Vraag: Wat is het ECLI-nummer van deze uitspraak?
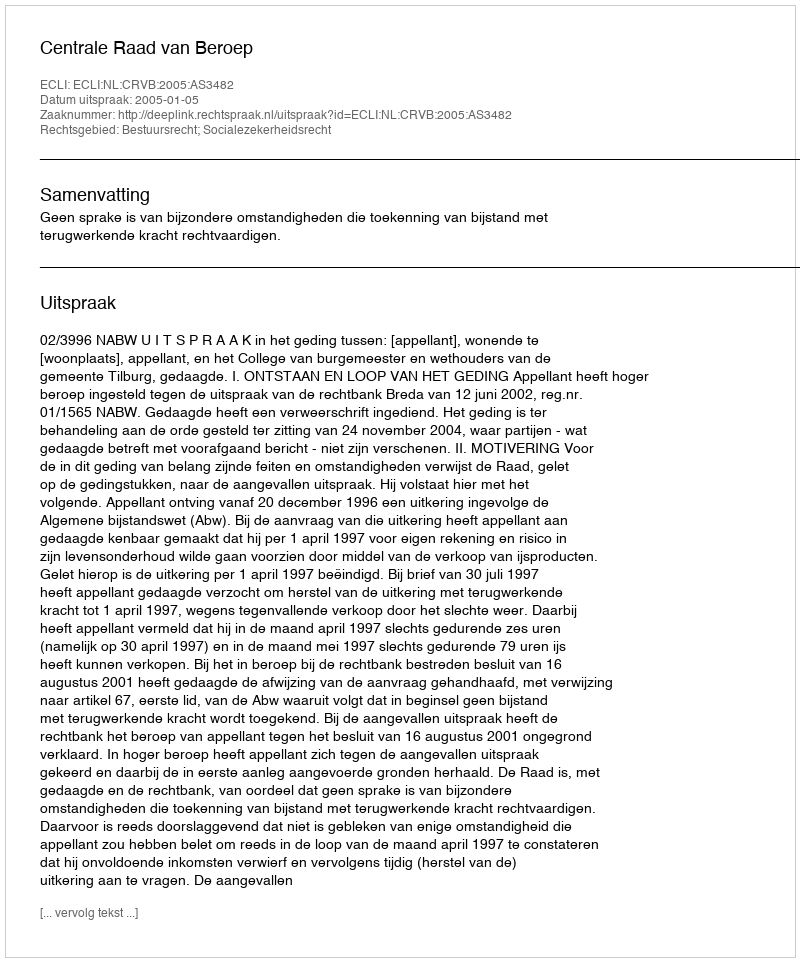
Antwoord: ECLI:NL:CRVB:2005:AS3482